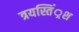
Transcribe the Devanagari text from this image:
त्रयस्तिं्रश